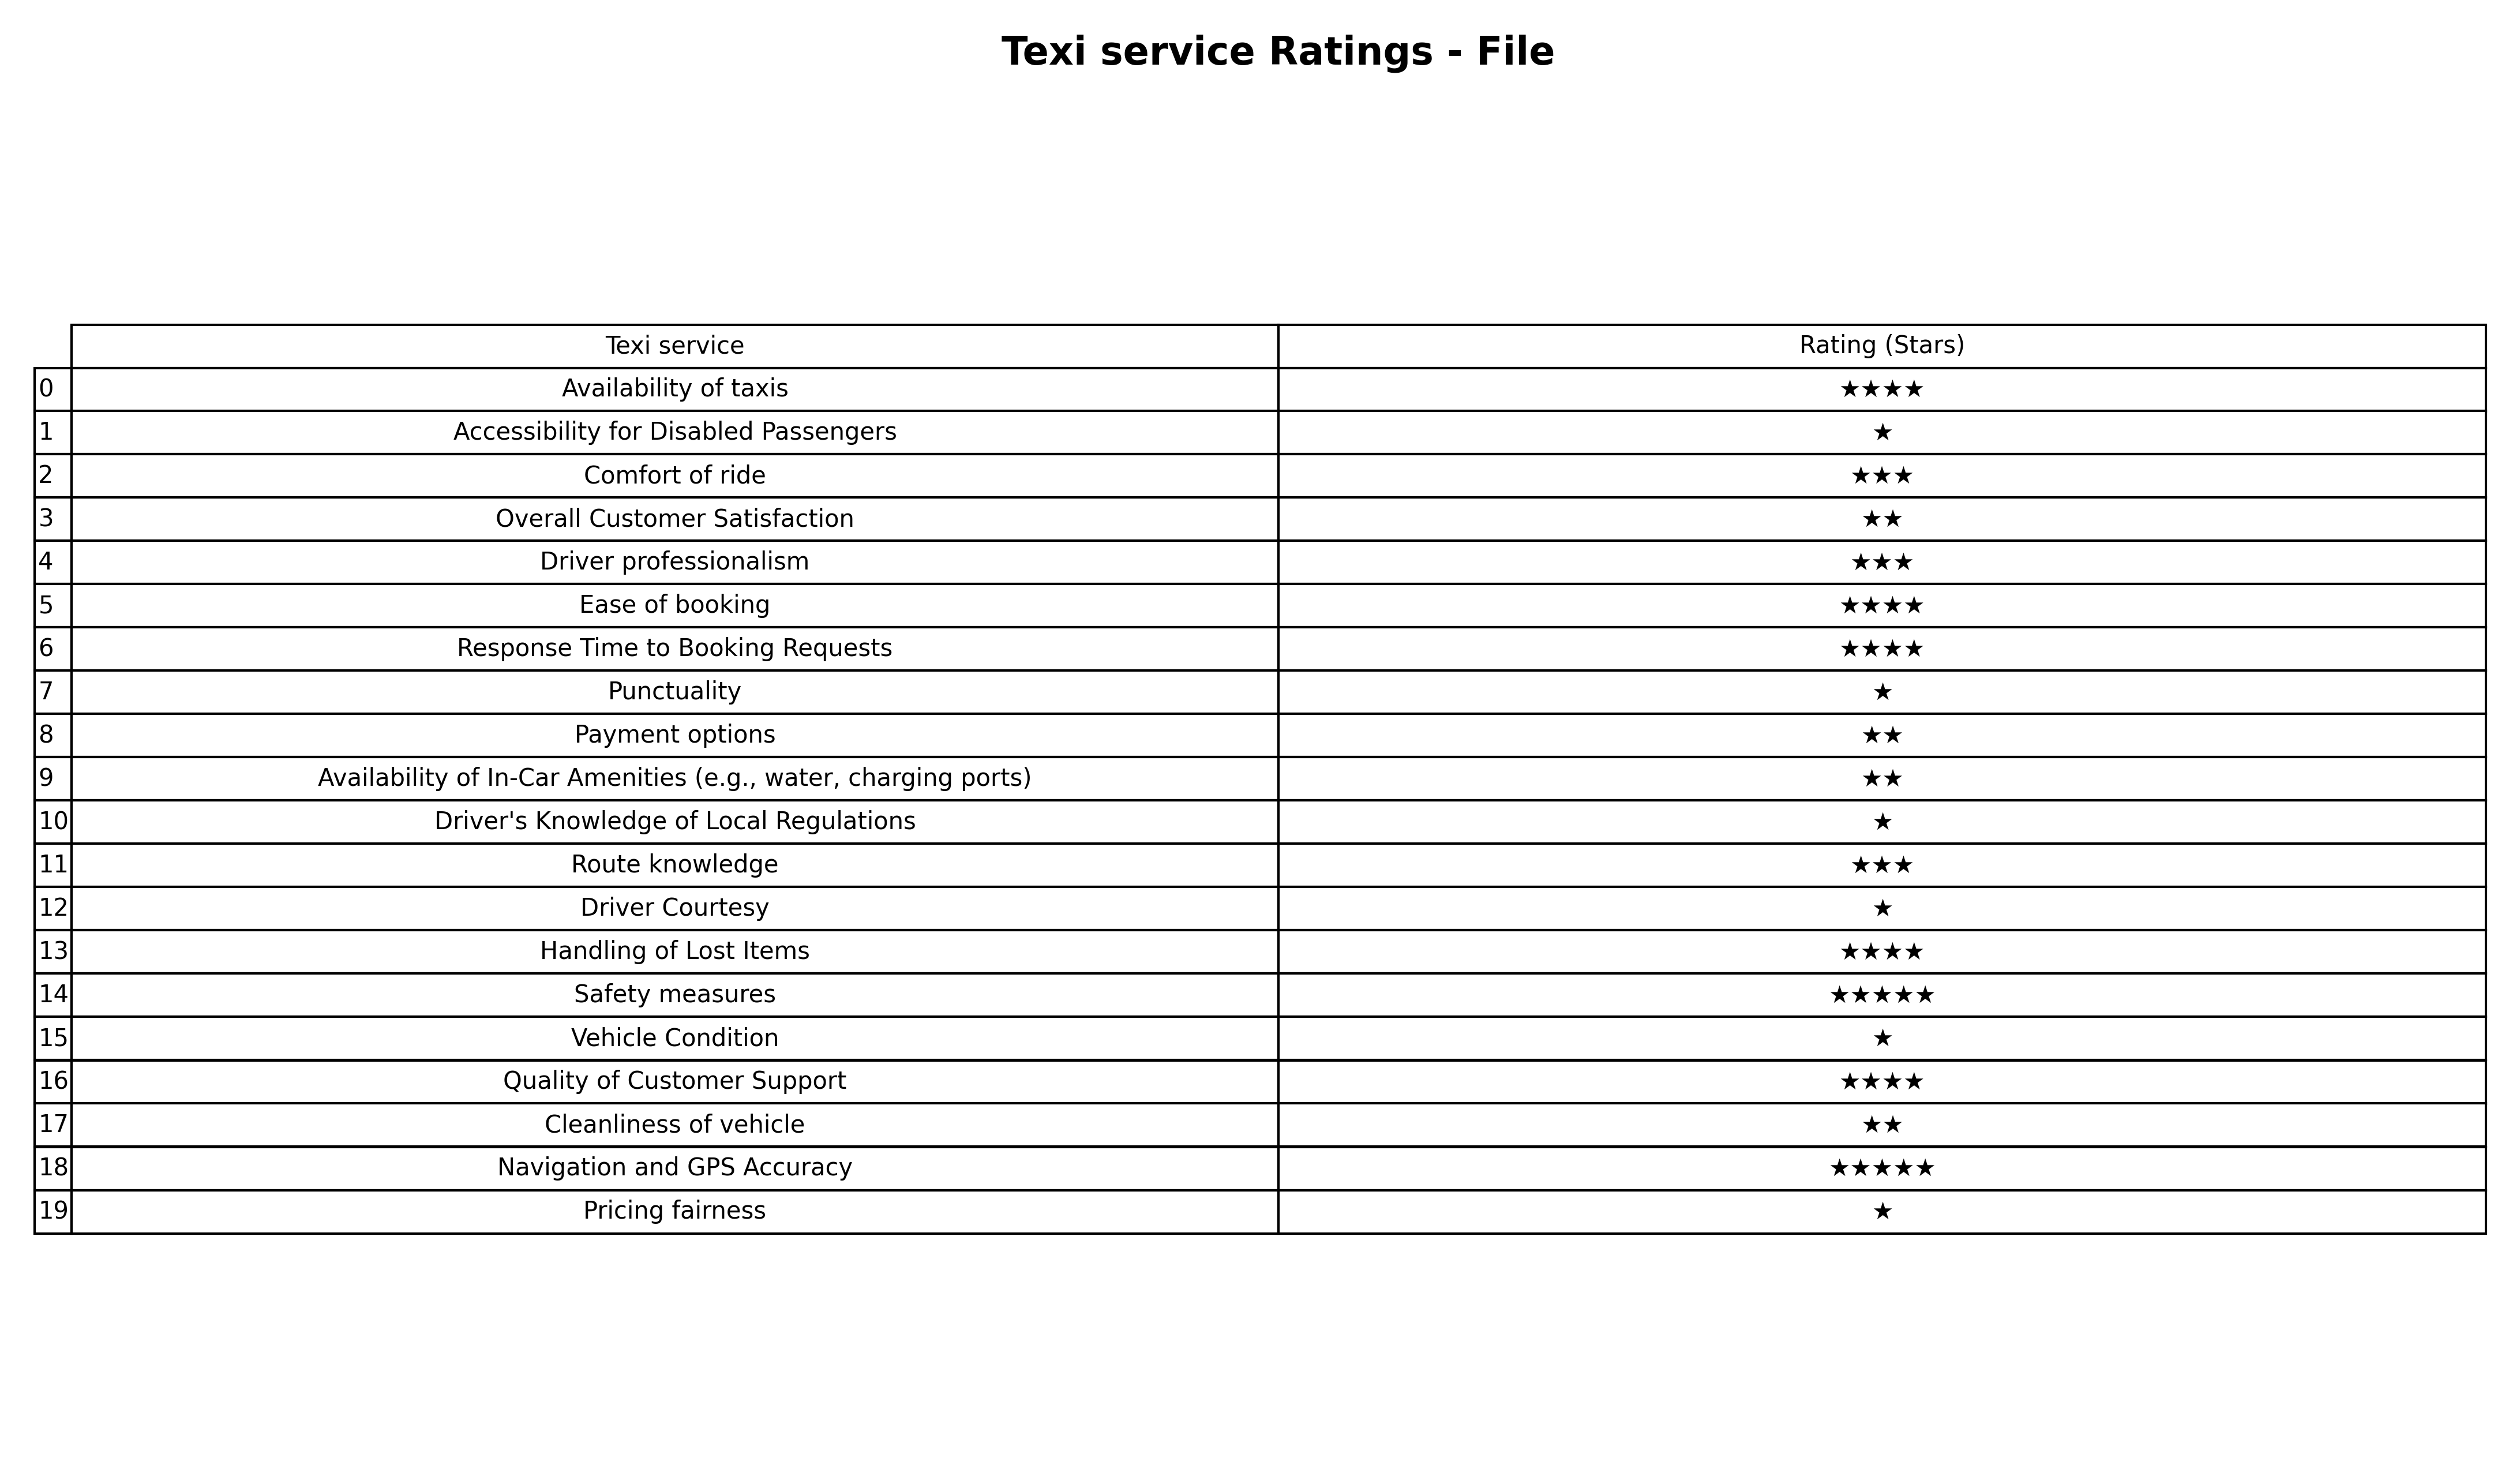
question: What are two star services?
answer: Overall Customer SatisfactionPayment optionsAvailability of In-Car Amenities (e.g., water, charging ports)Cleanliness of vehicle